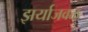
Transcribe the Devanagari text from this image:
झर्याजवळ